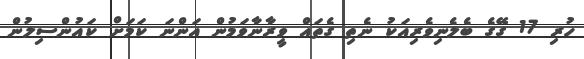
ހުރި 17 ގޭގެ ބެލެނިވެރިއަކު ނެތި ގެތައް ވީރާނާވަމުން އަންނަ ކަމަށް ކައުންސިލުން